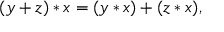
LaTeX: ( y + z ) * x = ( y * x ) + ( z * x ) ,